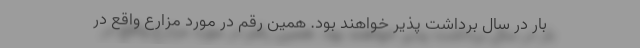
بار در سال برداشت پذیر خواهند بود. همین رقم در مورد مزارع واقع در